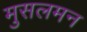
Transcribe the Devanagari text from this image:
मुसलमन